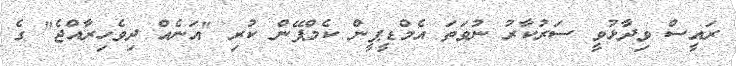
ރައީސް ވިދާޅުވީ ސަރުކާރު ނުވަތަ އެމްޑީޕީން ކެމްޕޭން ކުރި "އަނެއް ދިވެހިރާއްޖެ" ގެ